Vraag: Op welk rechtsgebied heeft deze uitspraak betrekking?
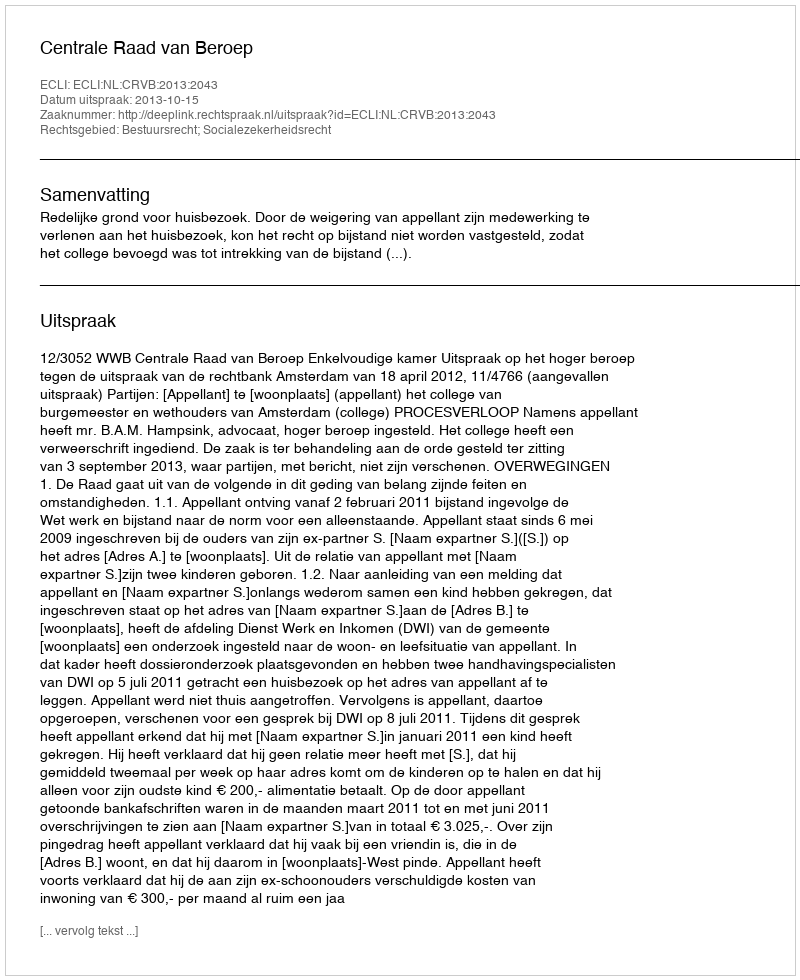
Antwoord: Bestuursrecht; Socialezekerheidsrecht